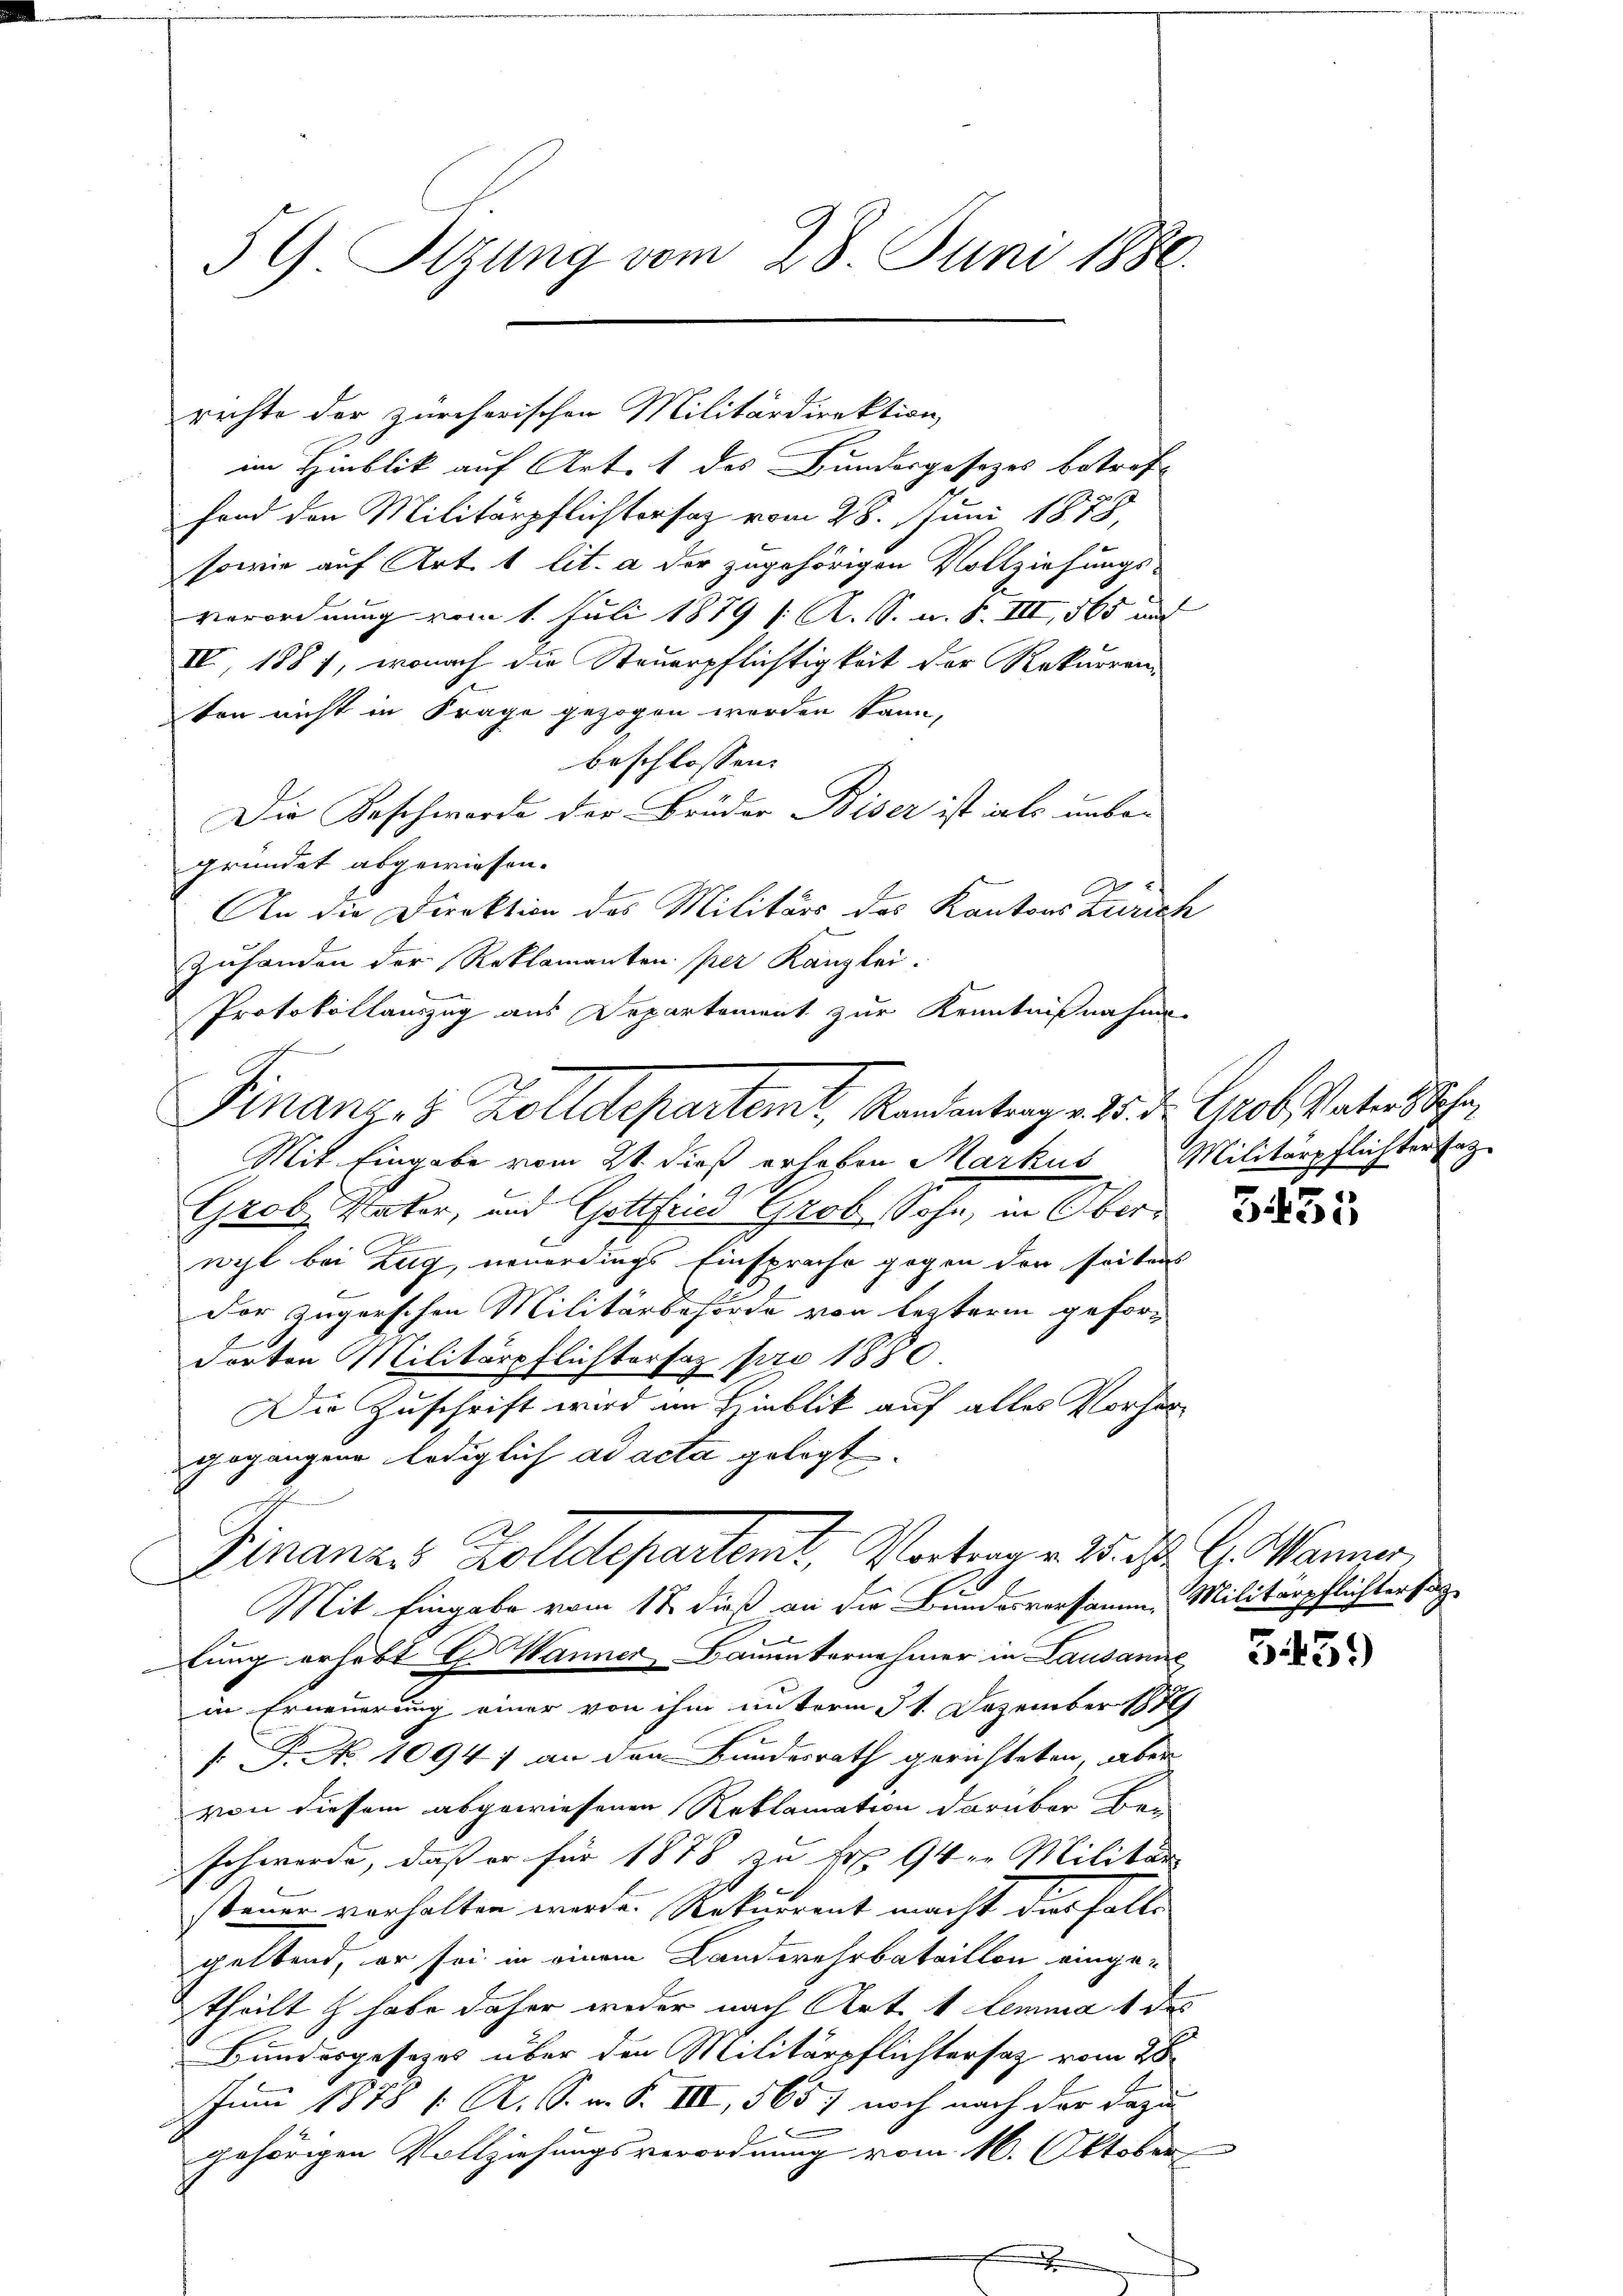
5 G. Sitzung vom 28. Juni 1886.

rechte der zürcherischen Militärdirektion
im Hinblik auf Art. 1 des Bundesgesezes betreffond den Militärpflichtersaz vom 28. Juni 1878,
sowie auf Art. 1 lit. a der zugehörigen Vollziehungs-
verordnung vom 1. Juli 1879 / A. S. u. S. III, 565 und
IV, 1887, wonach die Steuerpflichtigkeit der Rekurrenz
ten nicht in Frage gezogen werden kann,
beschlossen:
Die Beschworde der Brüder Biser ist als unbe-
gründet abgewiesen.
An die Direktion des Militärs des Kantons Zürich
zuhanden der Reklamanten per Kanzlei.
Protokollauszug aus Departement zur Kenntnißnahmen
e
Mit Eingabe vom 2t dieß erleben Markus Militärpflichtersatz
Grobe Vater, und Gottfried Grob, Sohn, in Oberh
wyl bei Zug, neuerdings Einsprache gegen der seitens
Der Zugerschen Militärbehörde von letzterm gefordorten Militärpflichtersaz pro 1880
Die Zuschrift wird im Hinblik auf alles Vorhergegangene lediglich ad acta gelegt.
Finanzes Zolldepartemt, Vortrage 2. d. G. Manner,
.
Mit Eingabe vom 12. dieß an die Bundesversamm, Militärpflichter sag
lung erhebt H. Wanner Bauunternehmer in Lausanne
in Erneuerung einer von ihm unterm 31. Dezember 1879
 P. Nr. 1094. an dem Bundesrath gerichteten, aber
von diesem abgewiesenen Reklamation darüber bei
schwerde, daß er für 1878 zu Fr. 9ten Militär
steuer vorhalten werde. Rekurrent macht des Falle
geltend, er sei in einem Landwehrbataillon eingetheilt & habe daher weder nach Art. 1 lemma 1 des
Bundesgesetzes über den Militärpflichtersatz vom 20
Juni 1878 f. A. S. v. P. III, 565) noch nach der dazu
gehörigen Vollziehungsverordnung vom 16. Oktober

Finanzes Zolldepartemt, Randantrag v. 2. d. Grob. Vater Jahr

3435

3459